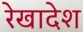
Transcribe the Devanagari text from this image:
रेखादेश